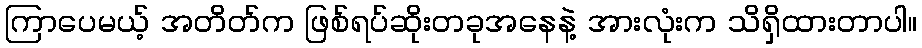
ကြာပေမယ့် အတိတ်က ဖြစ်ရပ်ဆိုးတခုအနေနဲ့ အားလုံးက သိရှိထားတာပါ။